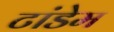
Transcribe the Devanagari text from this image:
टांडेम